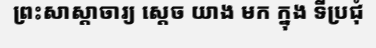
ព្រះសាស្តាចារ្យ ស្តេច យាង មក ក្នុង ទីប្រជុំ